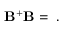
{ \bf B } ^ { + } { \bf B } = { \bf \Gamma } .